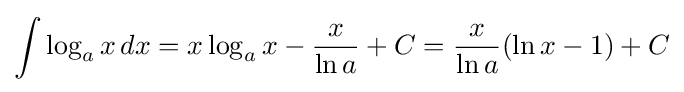
\int \log _{a}x\,dx=x\log _{a}x-{\frac {x}{\ln a}}+C={\frac {x}{\ln a}}(\ln x-1)+C